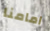
امامنا